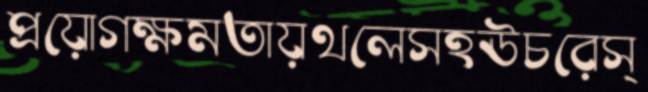
প্রয়োগক্ষমতায়থলেসহঊচরেস্